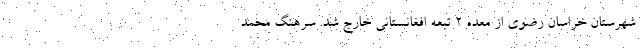
شهرستان خراسان رضوی از معده ۲ تبعه افغانستانی خارج شد. سرهنگ محمد